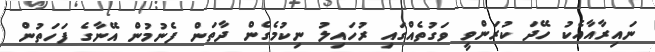
ނައިރާއާއެކު ހޭދަ ކުރަންވީ ވަގުތެއްގައި ރުހައިލު ނިކުމެގެން ދާތަން ފެނުމުން އޭނާގެ ފަހަތުން